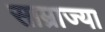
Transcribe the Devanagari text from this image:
साम्राज्या